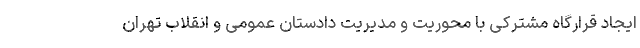
ایجاد قرارگاه مشترکی با محوریت و مدیریت دادستان عمومی و انقلاب تهران